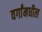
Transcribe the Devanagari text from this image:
वर्गांमधील